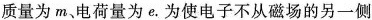
质量为m、电荷量为e.为使电子不从磁场的另一侧